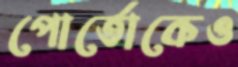
পোর্তোকেও